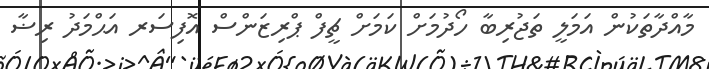
މާއްދާތަކުން އަމަލީ ތަޖުރިބާ ހޯދުމަށް ކަމަށް ޗީފް ޕްރިޒަންސް އޮފިސަރ އަޙްމަދު ރިޟާ